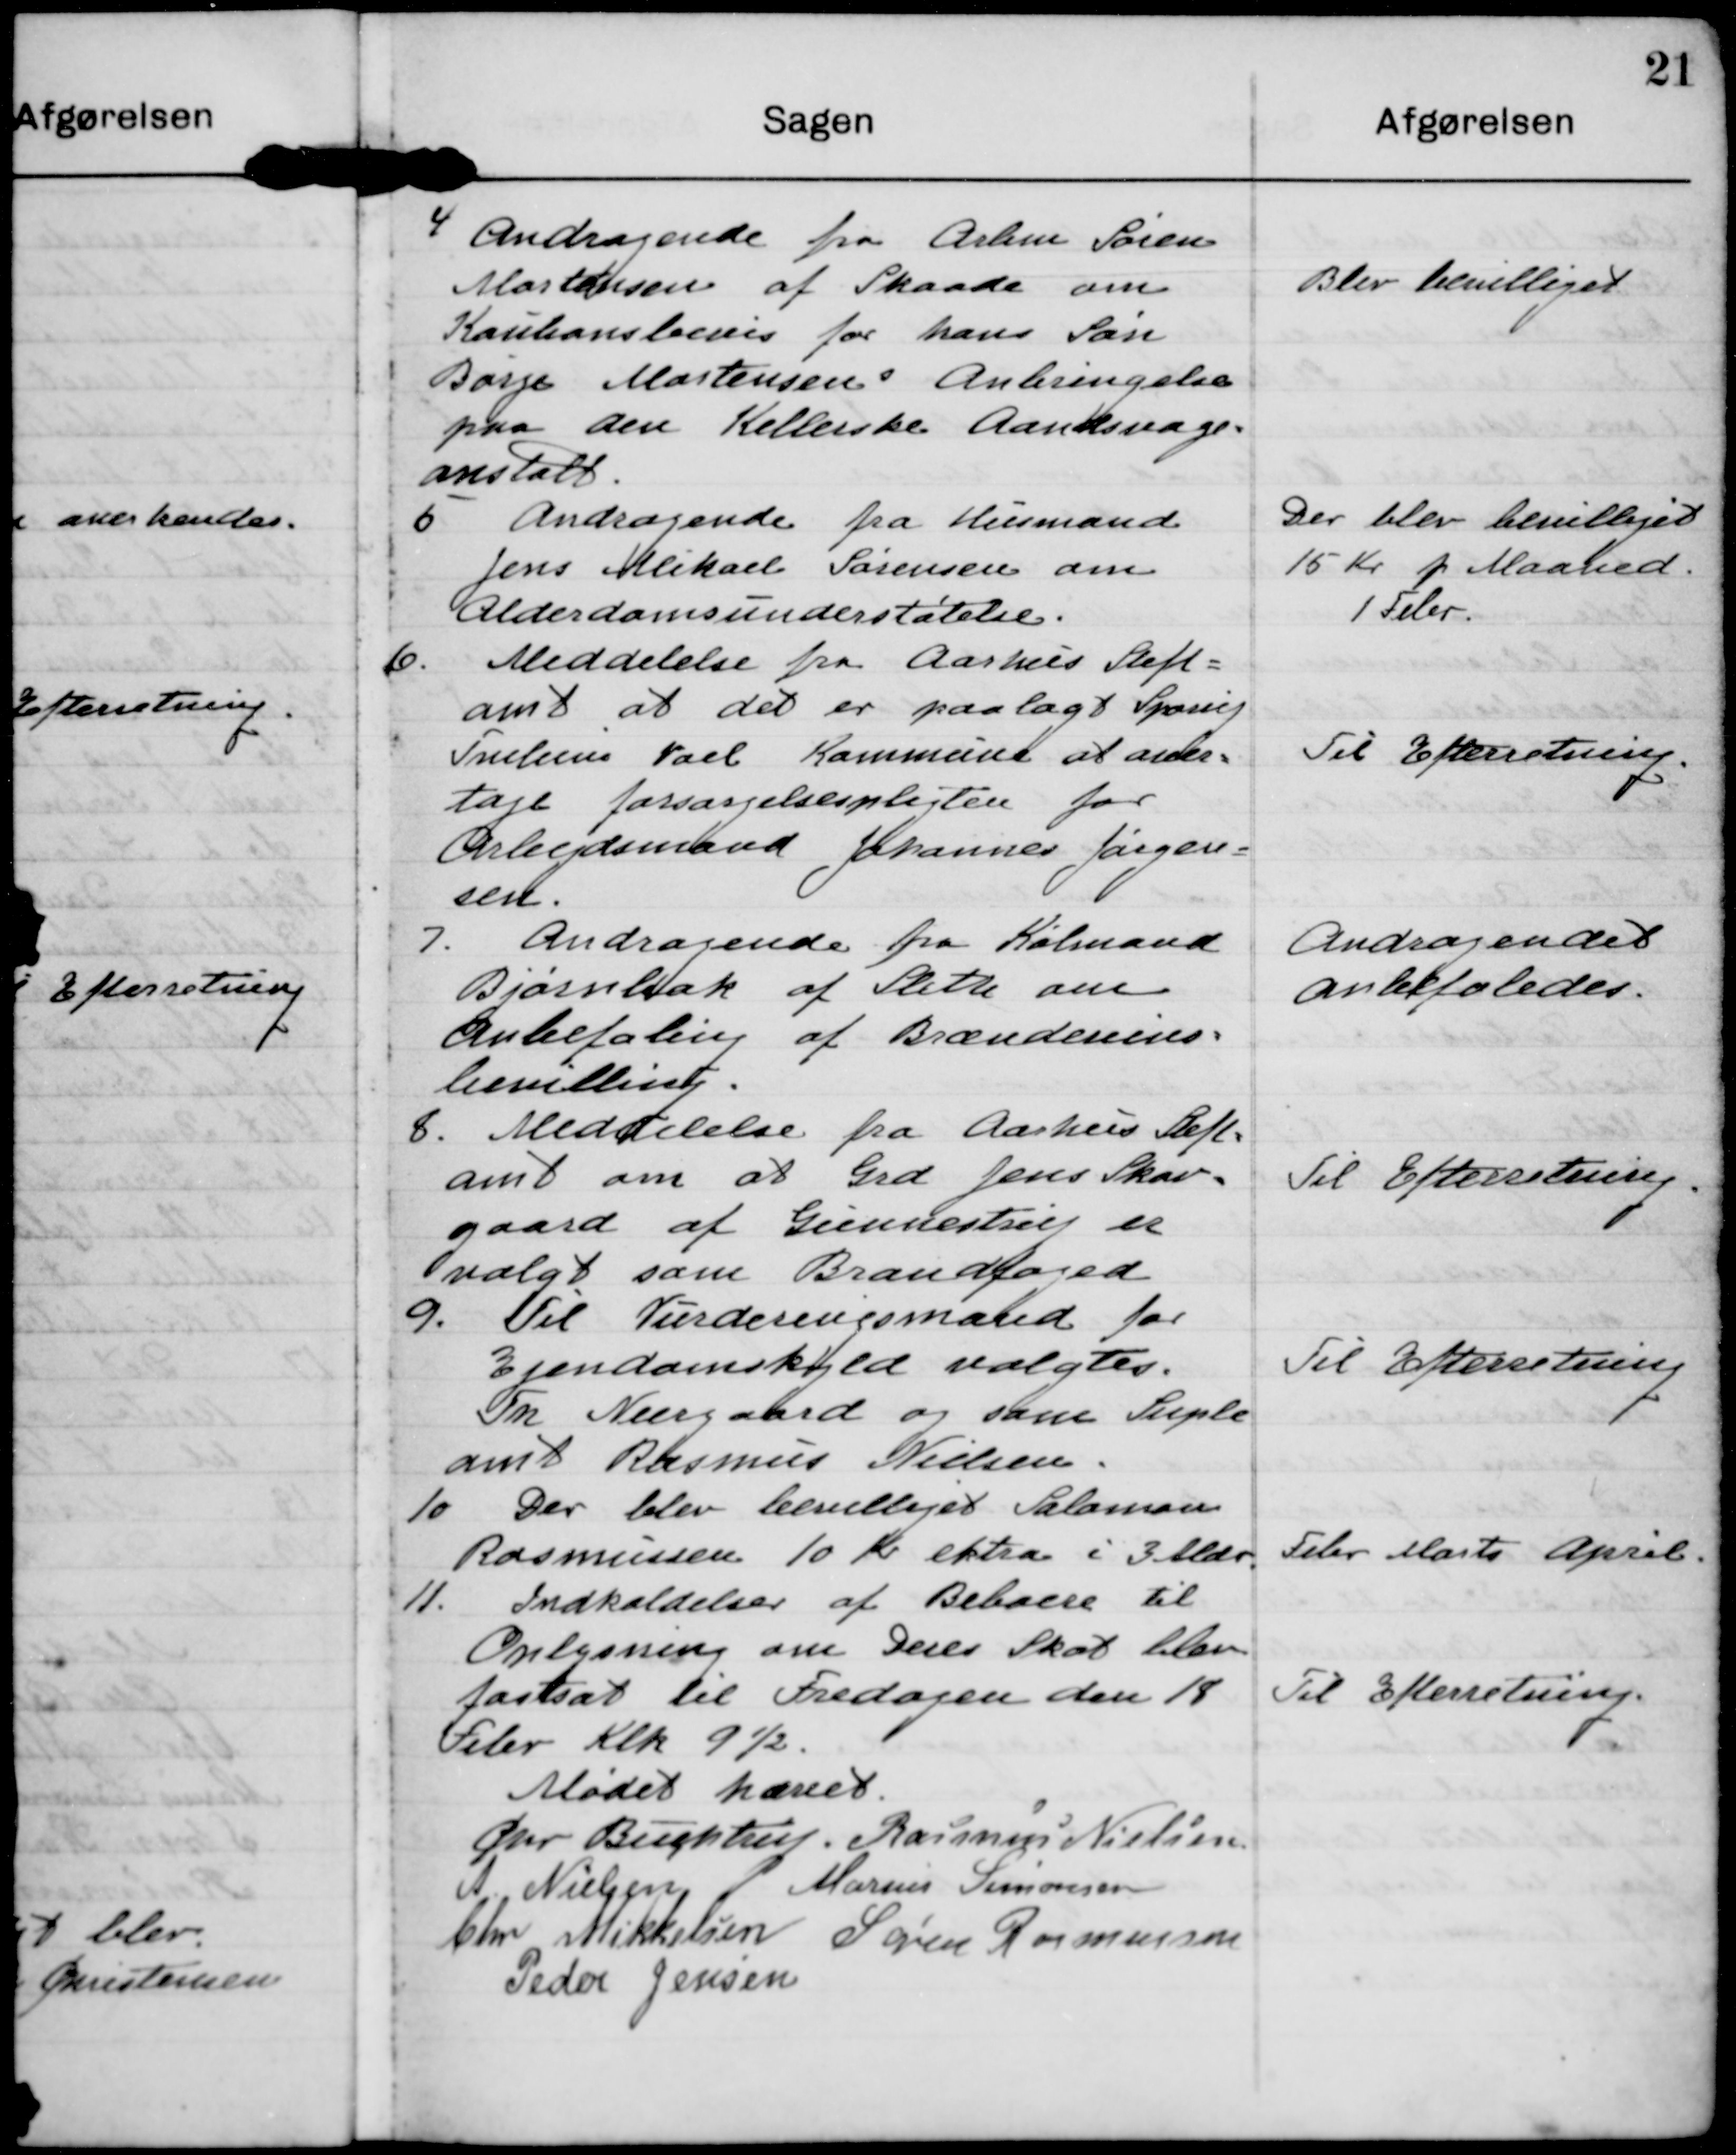
Transskription:
4 Andragende fra Arbm Søren 
Mortensen af Skaade om
Kautionsbevis for hans søn
Børge Mortensen´s Anbringelse 
paa den Kellerske Aandsvage=
anstalt.

Blev bevilliget.

5 Andragende fra Husmand
Jens Mikael Sørensen om
Alderdomsunderstøtelse.

Der blev bevilliget
15 Kr p Maaned.
1 Febr.

6. Meddelelse fra Aarhus Stift=
amt at det er paalagt Sporup
Tvilum Voel Kommune at over=
tage forsørgselspligten for
Arbejdsmand Johannes Jørgen=
sen.

Til Efterretning.

7. Andragende fra Købmand
Bjørnbak af Sleth om
Anbefaling af Brændevins=
bevilling.

Andragendet
anbefales.

8. Meddelelse fra Aarhus Stift=
amt om at Grd Jens Skov=
gaard af Gunnestrup er
valgt som Brandfoged

Til Efterretning.

9. Til Vurderingsmand for
Ejendomskyld valgtes
Fm Neergaard og som Suple-
ant Rasmus Nielsen.

Til Efterretning.

10. Der blev bevilliget Salomon
Rasmussen 10 Kr ekstra i 3 Mdr.

Febr Marts April.

11. Indkaldelse af Beboere til 
Oplysning om Deres Skat blev
fastsat til Fredagen den 18
Febr Klk 9½.

Til Efterretning.

Mødet hævet
Chr. Buchtrup
Rasmus Nielsen
A Nielsen
Marius Simonsen
Chr Mikkelsen
Søren Rasmussen
Peder Jensen